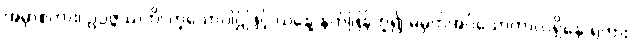
အမှာစကား၊ ဥပ္ပဇ္ဇဿတိ၊ ဟူသောပါဌ်ဖြင့် ယနေ့ နက်ဖြန်ဟူ၍ မမှတ်အပ်သောကာလရှိနေ ရကား